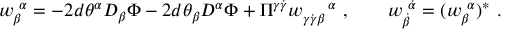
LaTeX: { w } _ { \beta } ^ { ~ \alpha } = - 2 d \theta ^ { \alpha } D _ { \beta } \Phi - 2 d \theta _ { \beta } D ^ { \alpha } \Phi + \Pi ^ { \gamma \dot { \gamma } } w _ { \gamma \dot { \gamma } \beta } ^ { ~ ~ ~ ~ \alpha } ~ , \qquad w _ { \dot { \beta } } ^ { ~ \dot { \alpha } } = ( w _ { \beta } ^ { ~ \alpha } ) ^ { * } ~ .